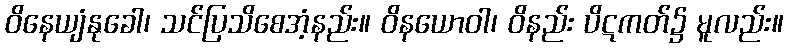
ဝိနေယျံနုခေါ၊ သင်ပြသိစေအံ့နည်း။ ဝိနယောဝါ၊ ဝိနည်း ပိဋကတ်၌ မူလည်း။